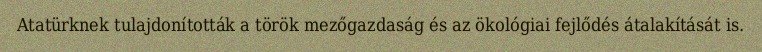
Atatürknek tulajdonították a török mezőgazdaság és az ökológiai fejlődés átalakítását is.